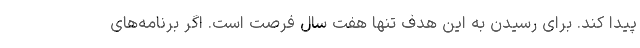
پیدا کند. برای رسیدن به این هدف تنها هفت سال فرصت است. اگر برنامه‌های